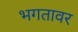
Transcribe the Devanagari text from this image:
भगतावर